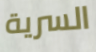
السرية